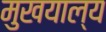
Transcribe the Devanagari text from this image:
मुखयाल्य